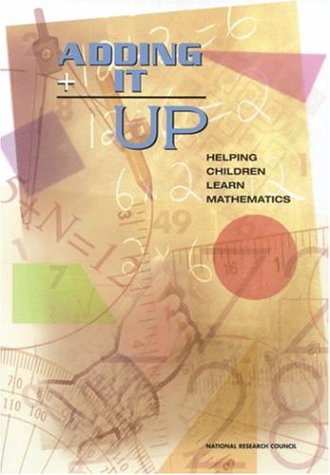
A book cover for Adding It Up: Helping Children Learn Mathematics; Mathematics Learning Study Committee; Science & Math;